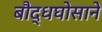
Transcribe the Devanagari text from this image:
बौद्धघोसाने